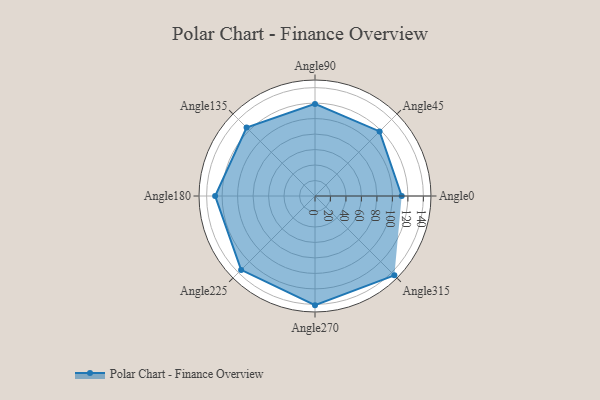
{"axis": {"x": "Angle", "y": "Radius"}, "legend": [""], "data": [{"x": "Angle0", "y": 112.0, "type": ""}, {"x": "Angle45", "y": 118.0, "type": ""}, {"x": "Angle90", "y": 119.0, "type": ""}, {"x": "Angle135", "y": 125.0, "type": ""}, {"x": "Angle180", "y": 129.0, "type": ""}, {"x": "Angle225", "y": 135.0, "type": ""}, {"x": "Angle270", "y": 141.0, "type": ""}, {"x": "Angle315", "y": 145.0, "type": ""}]}